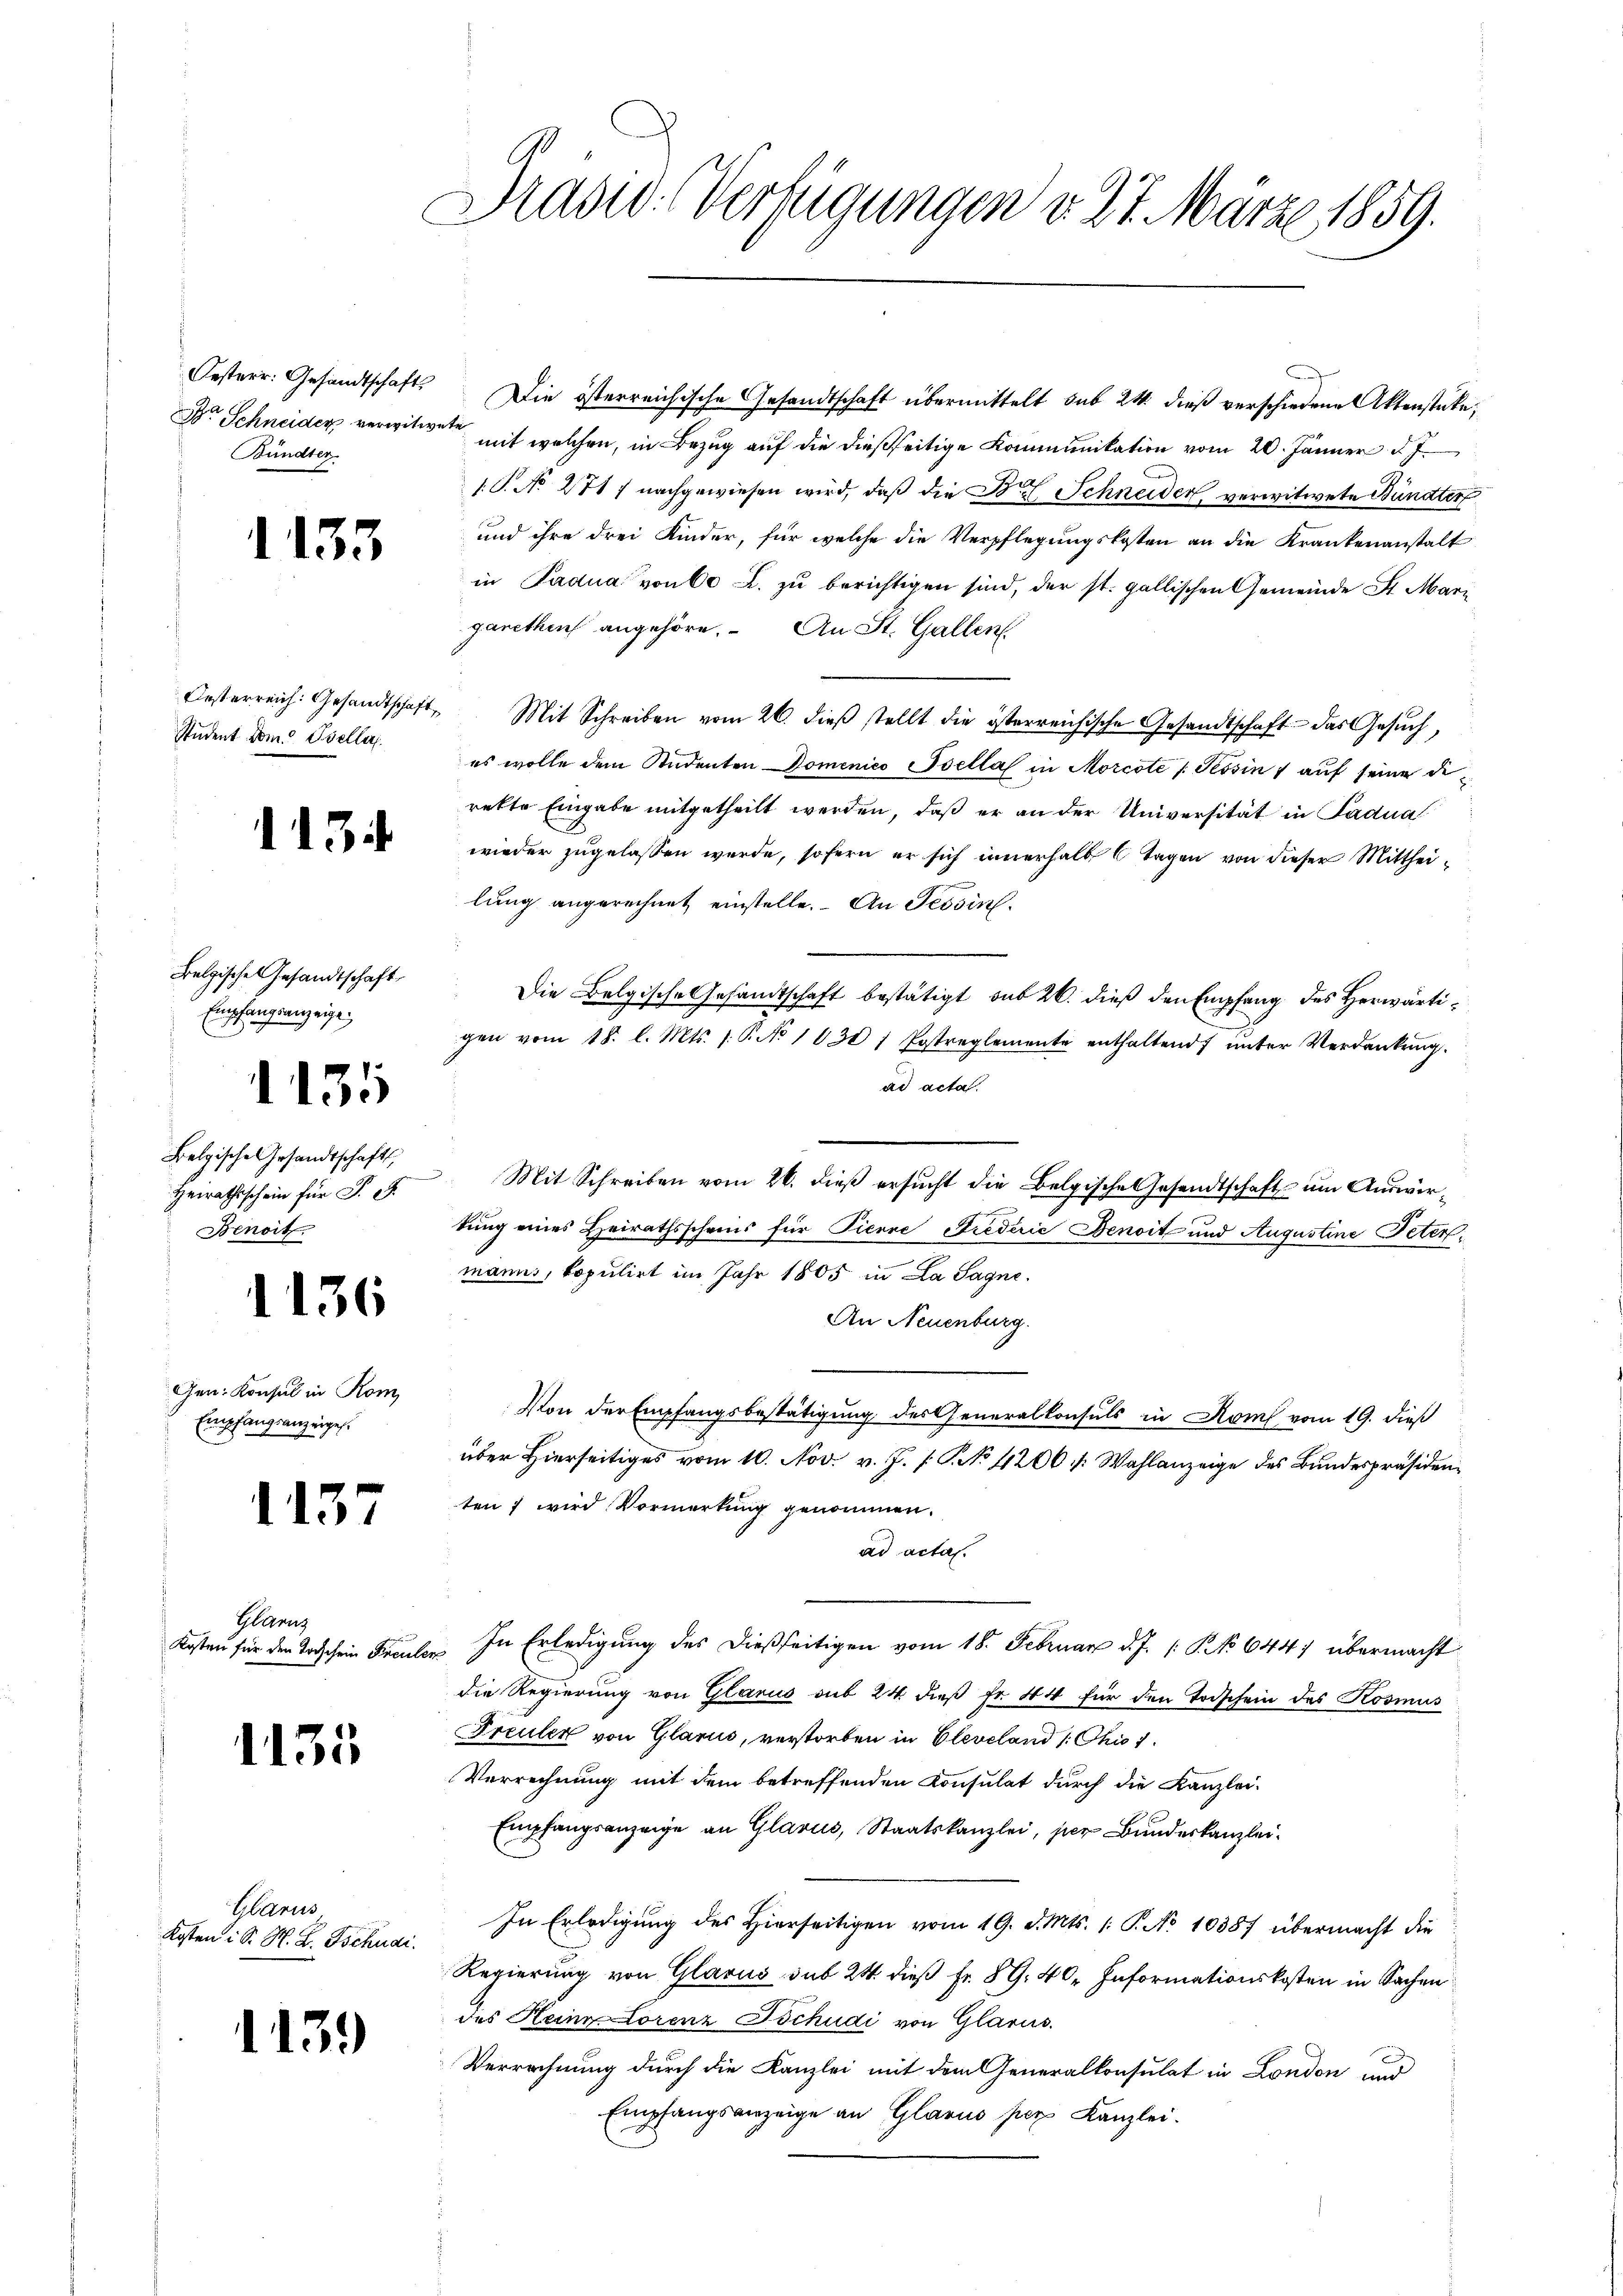
Oesterr. Gesandtschaft
Der Schneider verwitw
Bündter

1133

Oesterreich: Gesandtschaft,
Student vom Psella

134

Belgische Gesandtschaft,
Empfangsanzeige

1135

Belgische Gesandtschafts
Heirathsschein für S. 1
Benoit

1136

Gen. Konsul in Rom
Empfangsanzeiges.

1137

Glarus
Kosten für den Todschein Freuli

1135

Glarus,
Kosten i S. H. L. Tschudi

113.)

Präsid. Verfügungen v. 27. März 1859.

Die österreichische Gesandtschaft übermittelt sub 24. dieß verschiedene Aktenstücke,
ete mit welchen, in Bezug auf die dießseitige Kommunikation vom 20. Jänner d. J.
1.P. No 2717 nachgewiesen wird, daß die B. Schneider verwitwete Bündter
und ihre drei Kinder, für welche die Verpflegungskosten an die Krankenanstalt
in Padua von 60 L. zu berichtigen sind, der st. gallischen Gemeinde St. Mari
garethen angehöre. An St. Gallen
" Mit Schreiben vom 26. dieβ stellt die österreichische Gesandtschaft das Gesŭch,
es wolle dem Studenten Domenico Psella in Morcote /: Tessin, auf seine Direkte Eingabe mitgetheilt werden, daß er an der Universität in Padua
wieder zugelassen werde, sofern er sich innerhalb 6 Tagen von dieser Mittheilung angerechnet einstelle. An Tessin.
Die Belgische Gesandtschaft bestätigt, sub 26. dieß den Empfang des Herwärtigen vom 18. l. Mts. 1. P. No 1030 / Postreglemente enthaltend ŭnter Verdankŭng.
ad acta.
Mit Schreiben vom 26. dieß ersucht die Belgische Gesandtschaft um Auswirkung eines Heirathsscheins für Pierre Frederić Denoit und Augustine Peter
manns, Copulirt im Jahr 1805 in La Sagne.
An Neuenburg.
Von der Empfangsbestätigung des Generalkonsuls in Rom vom 19. dieß
über Hierseitiges vom 10. Nov. v. J. P.P. No 4200. / Wahlanzeige des Bundespräsidenten; wird Vormerkung genommen.
ad actas.
In Erledigung des dießseitigen vom 18. Februar d. J. (: No 644) übermacht
die Regierung von Glarus sub 24. dieß Fr. 44 für den Todschein des Kosmus
Freuler von Glarus, verstorben in Cleveland 1. Chio 1
Verrechnung mit dem betreffenden Konsulat durch die Kanzlei-
Empfangsanzeige an Glarus, Staatskanzlei, per Bundeskanzlei¬
In Erledigung des Hierseitigen vom 19. d. Mts. 1. P. No 10387 übermacht die
Regierung von Glarus sub 24 dieß Fr. 89. 40. Informationskosten in Sachen
des Heine Lorenz Tschudi von Glarus.
Verrechnung durch die Kanzlei mit dem Generalkonsulat in London und
Empfangsanzeige an Glarus per Kanzlei.